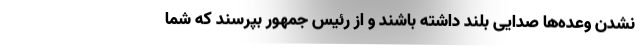
نشدن وعده‌ها صدایی بلند داشته باشند و از رئیس جمهور بپرسند که شما